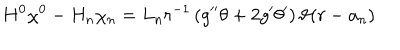
H ^ { 0 } \chi ^ { 0 } - H _ { n } \chi _ { n } = L _ { n } r ^ { - 1 } \left( g ^ { \prime \prime } \theta + 2 g ^ { \prime } \theta ^ { \prime } \right) \vartheta ( r - a _ { n } )